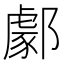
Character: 𨞙